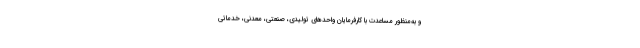
و به‌منظور مساعدت با کارفرمایان واحدهای تولیدی، صنعتی، معدنی، خدماتی